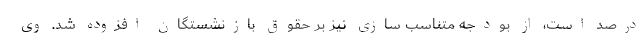
درصد است، از بودجه متناسب سازی نیز بر حقوق بازنشستگان افزوده شد. وی